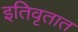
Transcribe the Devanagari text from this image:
इतिवृतात